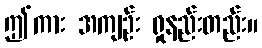
ဤကား အကျဉ်း ရှုနည်းတည်း။